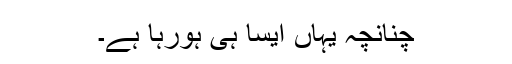
چنانچہ یہاں ایسا ہی ہورہا ہے۔